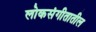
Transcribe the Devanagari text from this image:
लोकसंगीतातील